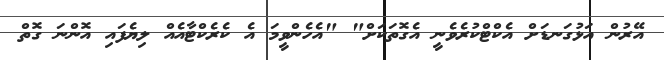
އޭރުން އަޅުގަނޑަށް އެކްޓްކުރެވެނީ އެގޮތަކަށް" "އެހެންވީމަ އެ ކެރެކްޓާއެއް ލިޔެފައި އޮންނަ ގޮތް